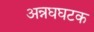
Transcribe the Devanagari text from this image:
अन्नघघटक